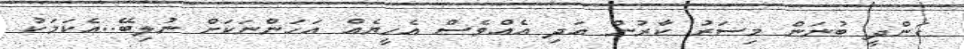
ގަންދީ ބުނަން މިސަރު ކާރުން އަދި އެއްވެސް އެހީޔެއް އަހަންނަކަށް ނުލިބޭ..އެކަމަކު